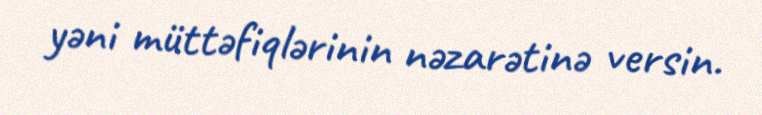
yəni müttəfiqlərinin nəzarətinə versin.